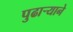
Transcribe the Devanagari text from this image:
पुढार्‍याने